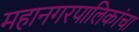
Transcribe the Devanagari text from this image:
महानगरपालिकांचा